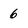
Character: 6